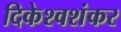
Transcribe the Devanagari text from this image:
दिकेश्वशंकर